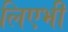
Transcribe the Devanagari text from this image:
लिएभी